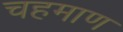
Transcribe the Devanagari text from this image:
चहमाण